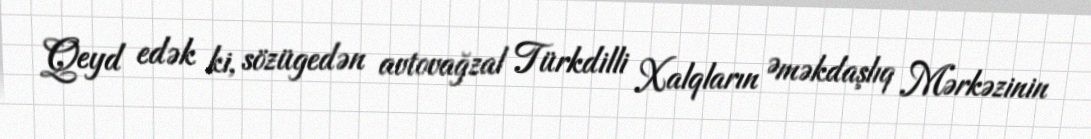
Qeyd edək ki, sözügedən avtovağzal Türkdilli Xalqların Əməkdaşlıq Mərkəzinin